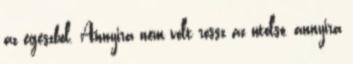
az egeszbol. Annyira nem volt rossz az utolso, annyira